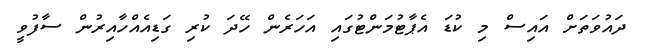
ދައުވަތަށް އައިސް މި ކުޑަ އެޕާޓުމަންޓުގައި އަހަރެން ހޭދަ ކުރި ގަޑިއެއްހާއިރުން ސާފުވީ